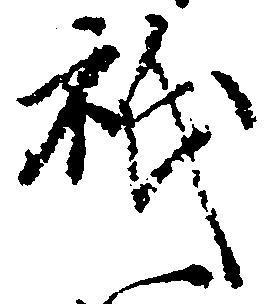
祇